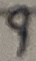
Text: 9